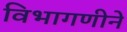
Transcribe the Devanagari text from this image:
विभागणीने